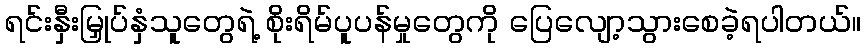
ရင်းနှီးမြှုပ်နှံသူတွေရဲ့ စိုးရိမ်ပူပန်မှုတွေကို ပြေလျော့သွားစေခဲ့ရပါတယ်။